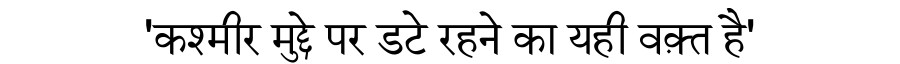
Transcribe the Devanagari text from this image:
'कश्मीर मुद्दे पर डटे रहने का यही वक़्त है'